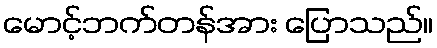
မောင့်ဘက်တန်အား ပြောသည်။